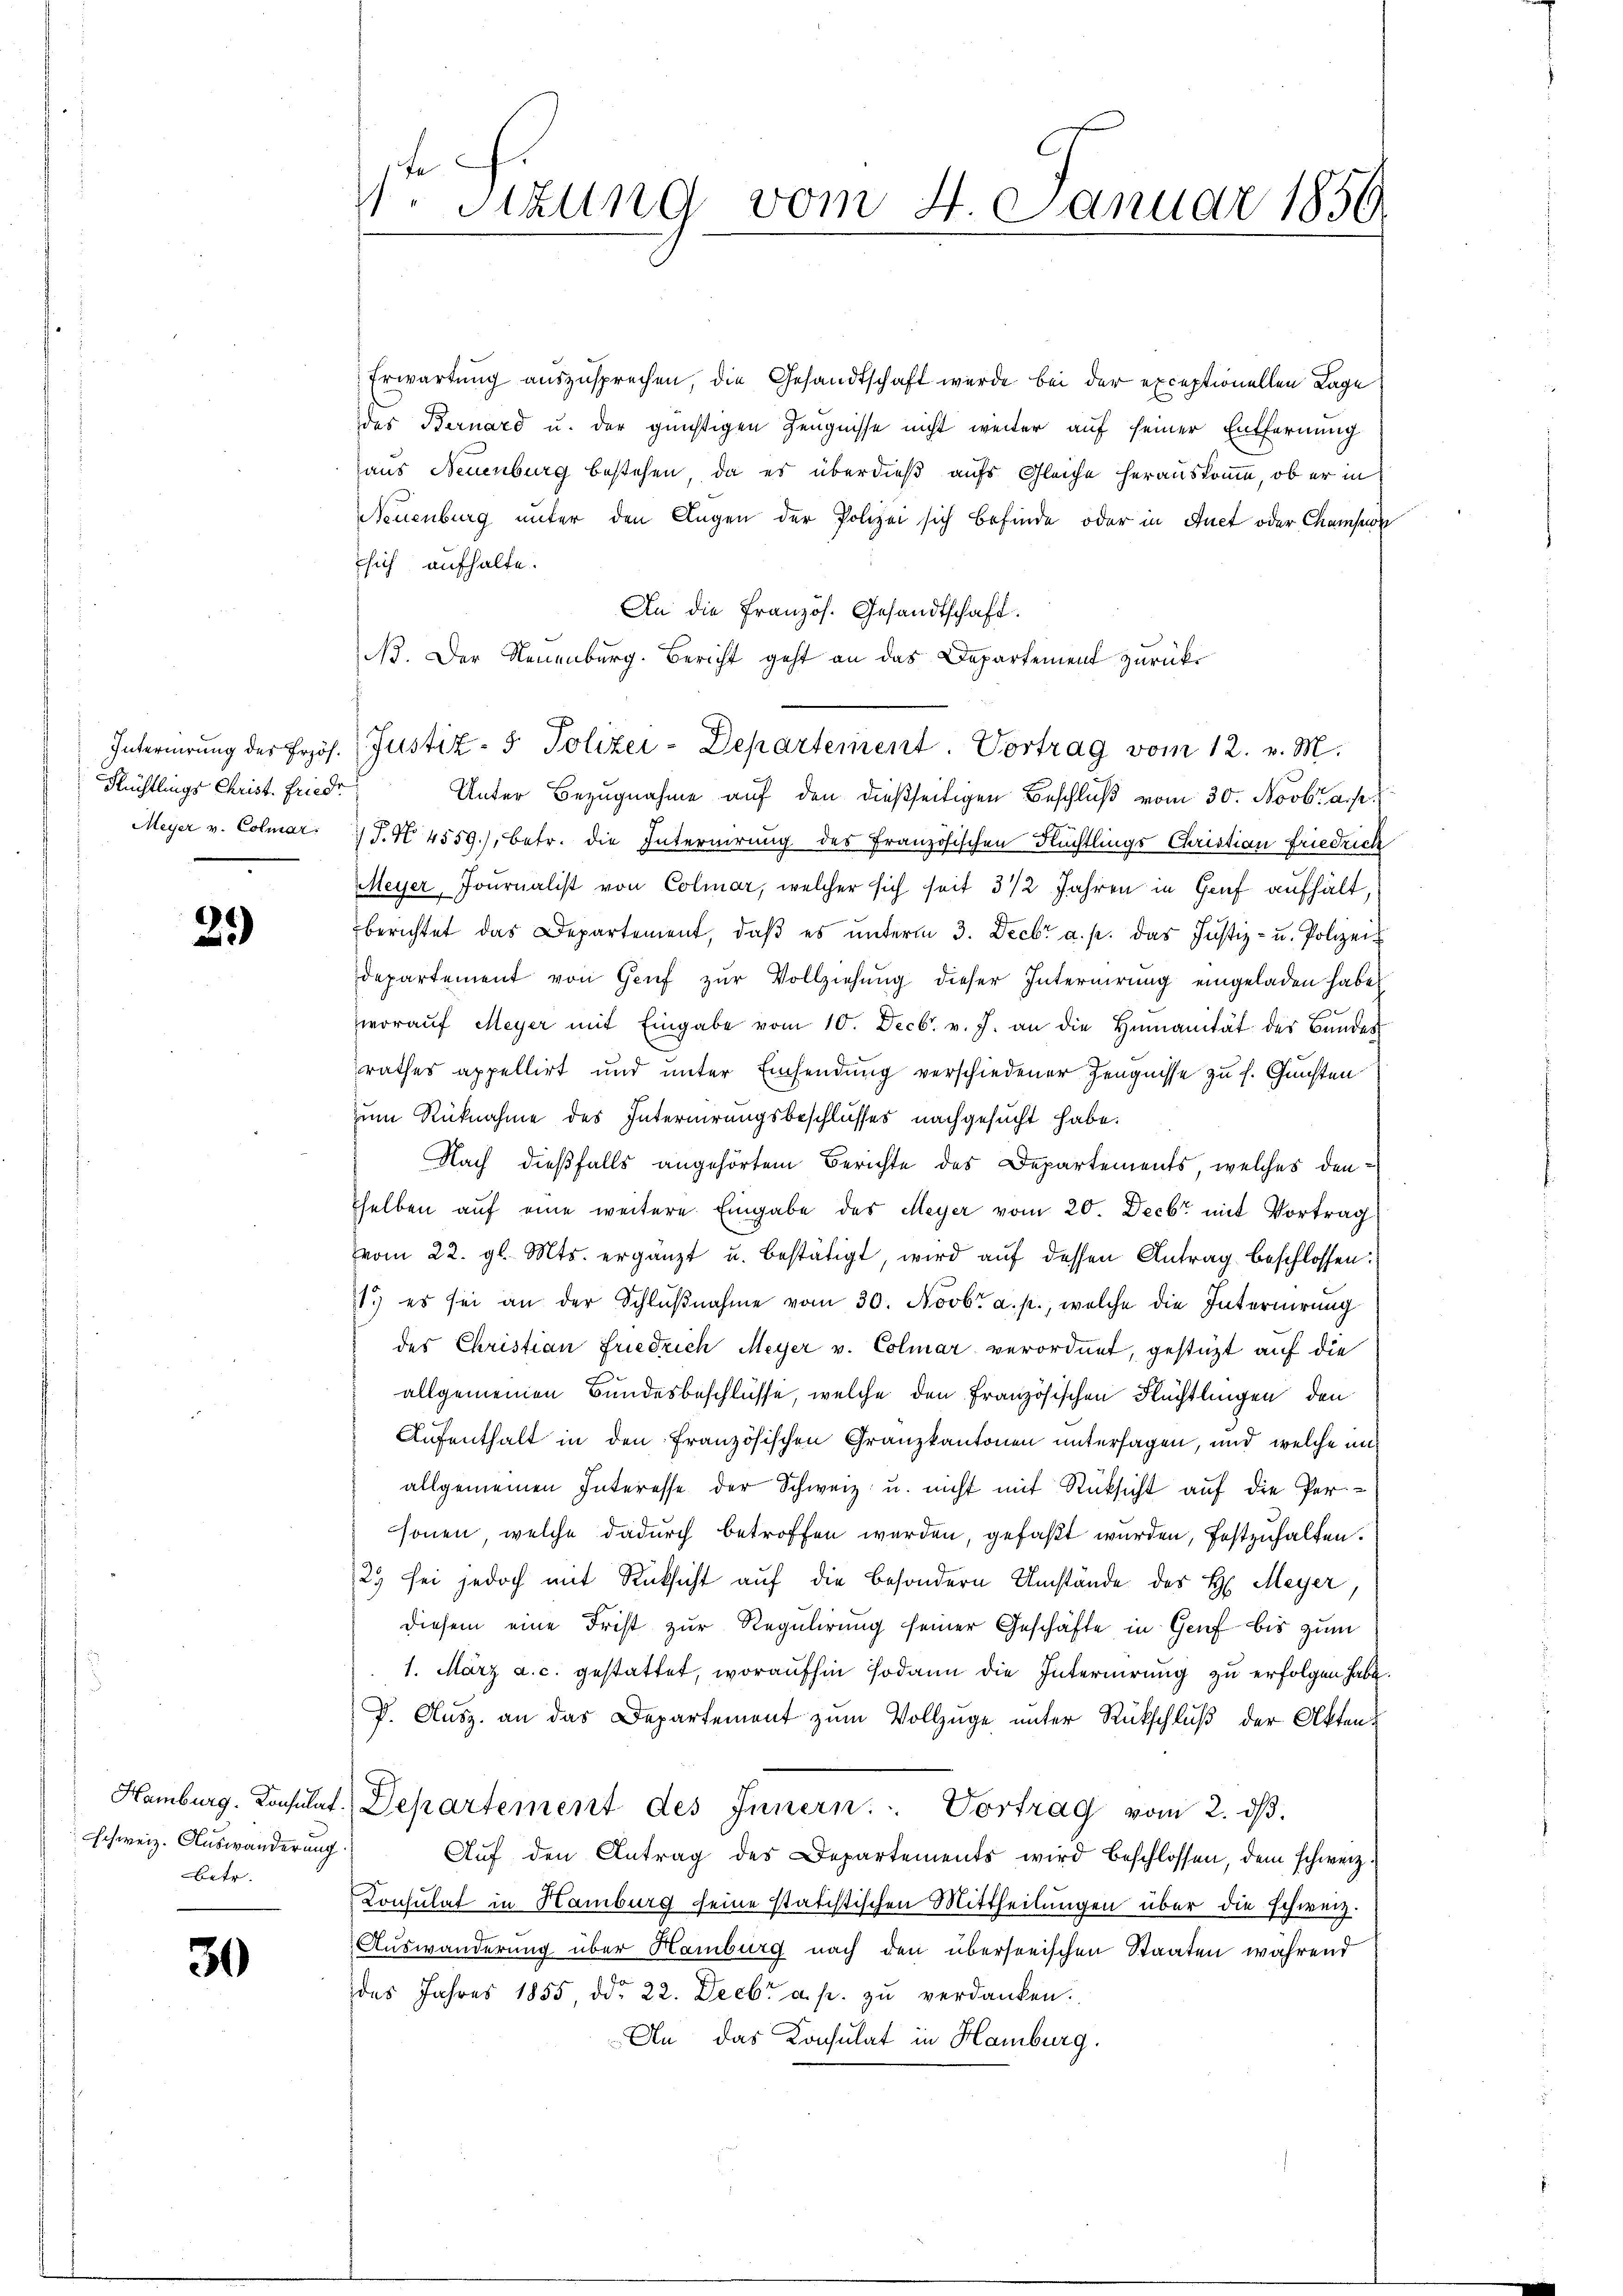
Internierung des Erzöh¬
Hüchtlings Christ. Friede
Meyer v. Colmar.

2.)

Hamburg. Konsulat.
schweiz. Auswanderung.
betr.

30

.Sizung vom 4. Januar 1856.

Erwartung auszusprechen, die Gesandtschaft wurde bei der exceptionellen Lage
des Bernard u. der günstigen Zeugnisse nicht weiter auf seiner Entfernung
aus Neuenburg bestehen, da es überdieß aufs Gleiche herauskomme, ob er in
Neuenburg unter den Augen der Polizei sich befinde oder in Auct oder Champon
sich aufhalte.
An die Französ. Gesandtschaft
NB. Der Neuenburg. Bericht geht an das Departement zurück¬
Unter Bezugnahme auf den dießseitigen Beschluß vom 30. Novbr. a.
T. N. 4559), betr. die Internirung des Französischen Flüchtlings Christian Friedrich
Meyer Journalist von Colmar, welcher sich seit 3 1/2 Jahren in Genf aufhält,
berichtet das Departement, daβ es ŭnterm 3. Decbr a. p. das Justiz- u. Polizei-
departement von Genf zur Vollziehung dieser Internirung eingeladen habe,
woraŭf Meyer mit Eingabe vom 10. Decbr. v. J. an die Humanität des Bundes
rathes appellirt und unter Einsendung verschiedener Zeugnisse zu f. Gunsten
zum Rücknahme des Internirungsbeschlusses nachgesucht habe.
Nach dießfalls angehörtem Berichte des Departements, welches denselben auf eine weitere Eingabe des Meyer vom 20. Decbr mit Vortrag
vom 22. gl. Mts. ergänzt u. bestätigt, wird aŭf dessen Antrag beschlossen:
1.) es sei an der Schlŭβnahme vom 30. Novbr. a. p., welche die Internierung
des Christian Friedrich Meyer v. Colmar verordnet, gestützt auf die
allgemeinen Bundesbeschlüsse, welche den Französischen Flüchtlingen, den
Aufenthalt in den Französischen Granzkantonen untersagen, und welche anallgemeinen Interesse der Schweiz u. nicht mit Rücksicht auf die Personen, welche dadurch betroffen werden, gefaßt wurden, festzuhalten.
23 sei jedoch mit Rücksicht auf die besondern Umstände des H. Meyer,
diesem eine Frist zur Regulirung seiner Geschäfte in Genf bis zum
1. März a. c. gestattet, woraufhin sodann die Internirung zu erfolgen habe.
P. Ausz. an das Departement zum Vollzuge unter Rückschluß der Akten¬
Departement des Innern. Vortrag vom 2. dβ.
Auf den Antrag des Departements wird beschlossen, dem schweiz.
Consulat in Hamburg seine statistischen Mittheilungen über die schweiz.
Auswanderung über Hamburg nach den überseeischen Staaten während
des Jahres 1855, ddo 22. Decbr a. p. zu verdanken.
An das Konsulat in Hamburg.

Justiz- & Polizei-Departement. Vortrag vom 12. v. M.